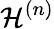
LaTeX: \mathcal{H}^{(n)}